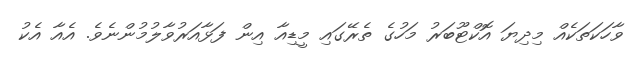
ވާހަކަތަކެއް މިދިޔަ އޮކްޓޫބަރު މަހުގެ ތެރޭގައި މީޑިއާ އިން ފަޅާއަރުވާލުމުންނެވެ. އެއާ އެކު